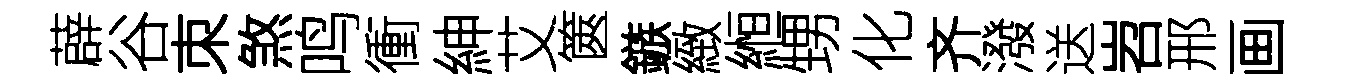
薜谷朿煞鸣衝紳艾篋鏃緻縆甥化齐潑送岧邢画